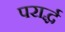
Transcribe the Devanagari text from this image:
परार्द्ध